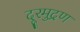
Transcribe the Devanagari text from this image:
दूरमुद्रण